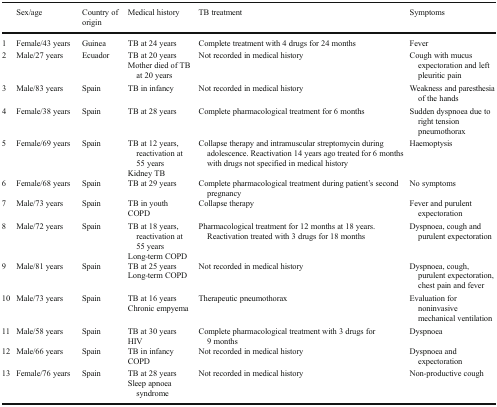
|  | Sex/age | Country of origin | Medical history | TB treatment | Symptoms |
 | --- | --- | --- | --- | --- | --- |
 | 1 | Female/43 years | Guinea | TB at 24 years | Complete treatment with 4 drugs for 24 months | Fever |
 | 2 | Male/27 years | Ecuador | TB at 20 yearsMother died of TB at 20 years | Not recorded in medical history | Cough with mucus expectoration and left pleuritic pain |
 | 3 | Male/83 years | Spain | TB in infancy | Not recorded in medical history | Weakness and paresthesia of the hands |
 | 4 | Female/38 years | Spain | TB at 28 years | Complete pharmacological treatment for 6 months | Sudden dyspnoea due to right tension pneumothorax |
 | 5 | Female/69 years | Spain | TB at 12 years, reactivation at 55 yearsKidney TB | Collapse therapy and intramuscular streptomycin during adolescence. Reactivation 14 years ago treated for 6 months with drugs not specified in medical history | Haemoptysis |
 | 6 | Female/68 years | Spain | TB at 29 years | Complete pharmacological treatment during patient’s second pregnancy | No symptoms |
 | 7 | Male/73 years | Spain | TB in youthCOPD | Collapse therapy | Fever and purulent expectoration |
 | 8 | Male/72 years | Spain | TB at 18 years, reactivation at 55 yearsLong-term COPD | Pharmacological treatment for 12 months at 18 years. Reactivation treated with 3 drugs for 18 months | Dyspnoea, cough and purulent expectoration |
 | 9 | Male/81 years | Spain | TB at 25 yearsLong-term COPD | Not recorded in medical history | Dyspnoea, cough, purulent expectoration, chest pain and fever |
 | 10 | Male/73 years | Spain | TB at 16 yearsChronic empyema | Therapeutic pneumothorax | Evaluation for noninvasive mechanical ventilation |
 | 11 | Male/58 years | Spain | TB at 30 yearsHIV | Complete pharmacological treatment with 3 drugs for 9 months | Dyspnoea |
 | 12 | Male/66 years | Spain | TB in infancyCOPD | Not recorded in medical history | Dyspnoea and expectoration |
 | 13 | Female/76 years | Spain | TB at 28 yearsSleep apnoea syndrome | Not recorded in medical history | Non-productive cough |